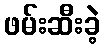
ဖမ်းဆီးခဲ့